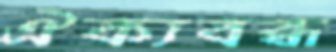
ঐক্যবব্ধ